Indian journal of veterinary science and animal husbandry - Volume 7,
Year: 1937
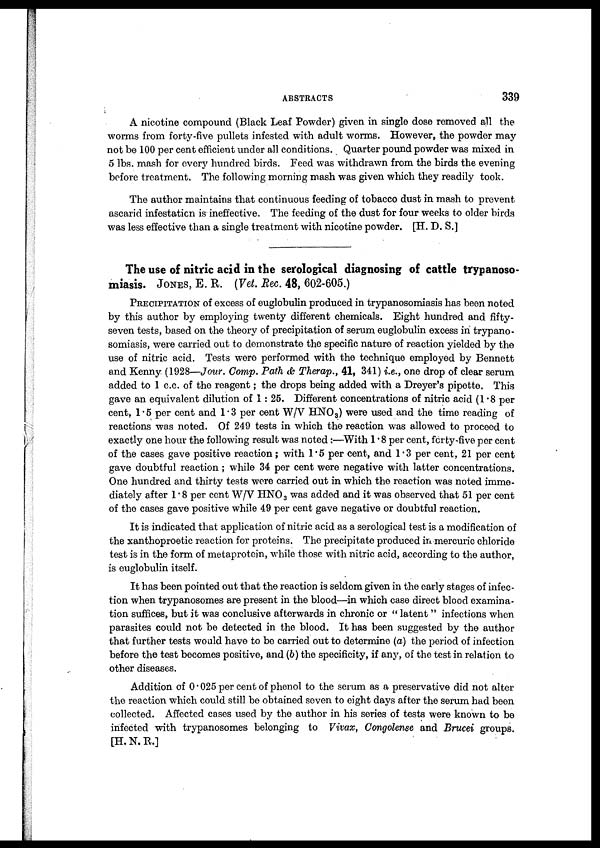
ABSTRACTS
339
A nicotine compound (Black Leaf Powder) given in single dose removed all the
worms from forty-five pullets infested with adult worms. However, the powder may
not be 100 per cent efficient under all conditions. Quarter pound powder was mixed in
5 lbs. mash for every hundred birds. Feed was withdrawn from the birds the evening
before treatment. The following morning mash was given which they readily took.
The author maintains that continuous feeding of tobacco dust in mash to prevent
ascarid infestation is ineffective. The feeding of the dust for four weeks to older birds
was less effective than a single treatment with nicotine powder. [H. D. S.]
The use of nitric acid in the serological diagnosing of cattle trypanoso-
miasis. JONES, E. R. (Vet. Rec. 48, 602-605.)
PRECIPITATION of excess of euglobulin produced in trypanosomiasis has been noted
by this author by employing twenty different chemicals. Eight hundred and fifty-
seven tests, based on the theory of precipitation of serum euglobulin excess in trypano-
somiasis, were carried out to demonstrate the specific nature of reaction yielded by the
use of nitric acid. Tests were performed with the technique employed by Bennett
and Kenny (1928—Jour. Comp. Path & Therap., 41, 341) i.e., one drop of clear serum
added to 1 c.c. of the reagent; the drops being added with a Dreyer's pipette. This
gave an equivalent dilution of 1 : 25. Different concentrations of nitric acid (1.8 per
cent, 1.5 per cent and 1.3 per cent W/V HNO 3 ) were used and the time reading of
reactions was noted. Of 249 tests in which the reaction was allowed to proceed to
exactly one hour the following result was noted:—With 1.8 per cent, forty-five per cent
of the cases gave positive reaction; with 1.5 per cent, and 1.3 per cent, 21 per cent
gave doubtful reaction ; while 34 per cent were negative with latter concentrations.
One hundred and thirty tests were carried out in which the reaction was noted imme-
diately after 1.8 per cent W/V HNO 3 was added and it was observed that 51 per cent
of the cases gave positive while 49 per cent gave negative or doubtful reaction.
It is indicated that application of nitric acid as a serological test is a modification of
the xanthoproetic reaction for proteins. The precipitate produced in mercuric chloride
test is in the form of metaprotein, while those with nitric acid, according to the author,
is euglobulin itself.
It has been pointed out that the reaction is seldom given in the early stages of infec-
tion when trypanosomes are present in the blood—in which case direct blood examina-
tion suffices, but it was conclusive afterwards in chronic or " latent " infections when
parasites could not be detected in the blood. It has been suggested by the author
that further tests would have to be carried out to determine (a) the period of infection
before the test becomes positive, and (b) the specificity, if any, of the test in relation to
other diseases.
Addition of 0.025 per cent of phenol to the serum as a preservative did not alter
the reaction which could still be obtained seven to eight days after the serum had been
collected. Affected cases used by the author in his series of tests were known to be
infected with trypanosomes belonging to Vivax, Congolense and Brucei groups.
[H. N. R.]